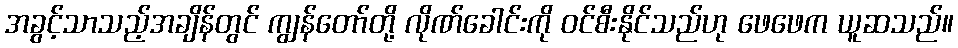
အခွင့်သာသည့်အချိန်တွင် ကျွန်တော်တို့ လိုဏ်ခေါင်းကို ဝင်စီးနိုင်သည်ဟု ဖေဖေက ယူဆသည်။